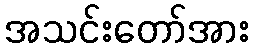
အသင်းတော်အား